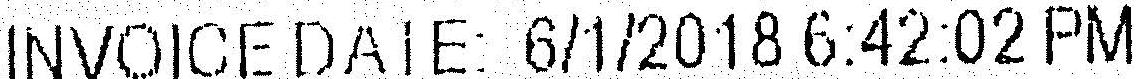
INVOICE DATE: 6/1/2018 6:42:02 PM